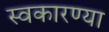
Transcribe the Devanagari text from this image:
स्वकारण्या